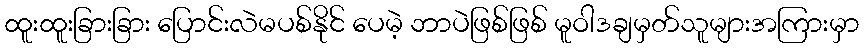
ထူးထူးခြားခြား ပြောင်းလဲမပစ်နိုင် ပေမဲ့ ဘာပဲဖြစ်ဖြစ် မူဝါဒချမှတ်သူများအကြားမှာ